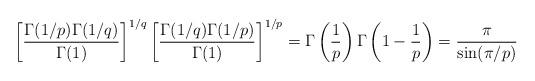
LaTeX: \begin{align*}\left[ \frac{\Gamma(1/p) \Gamma(1/q)}{\Gamma(1)} \right]^{1/q}\left[ \frac{\Gamma(1/q) \Gamma(1/p)}{\Gamma(1)} \right]^{1/p}= \Gamma\left(\frac{1}{p}\right) \Gamma\left(1 - \frac{1}{p} \right) = \frac{\pi}{\sin(\pi / p)}\end{align*}